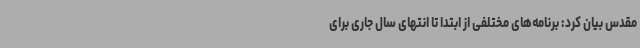
مقدس بیان کرد: برنامه‌های مختلفی از ابتدا تا انتهای سال جاری برای